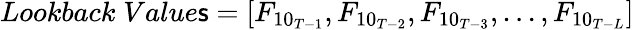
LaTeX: Lookback\; Value\mathsf{s}=[F_{{10}_{T-1}},F_{{10}_{T-2}},F_{{10}_{T-3}},...,F_{{10}_{T-L}}]